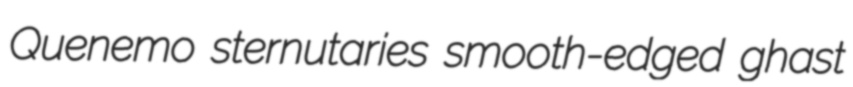
Quenemo sternutaries smooth-edged ghast